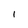
Character: I